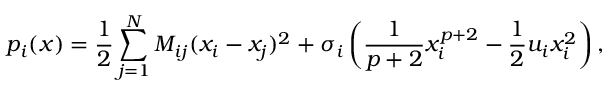
p _ { i } ( { \boldsymbol x } ) = \frac { 1 } { 2 } \sum _ { j = 1 } ^ { N } M _ { i j } ( x _ { i } - x _ { j } ) ^ { 2 } + \sigma _ { i } \left( \frac { 1 } { p + 2 } x _ { i } ^ { p + 2 } - \frac { 1 } { 2 } u _ { i } x _ { i } ^ { 2 } \right) ,